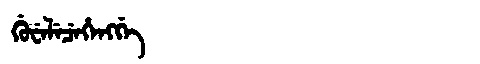
Manchu: ᡤᡠᠸᡝᠯᡝᠴᡝᡥᡝᠩᡤᡝ
Romanization: GUWELECEHENGGE